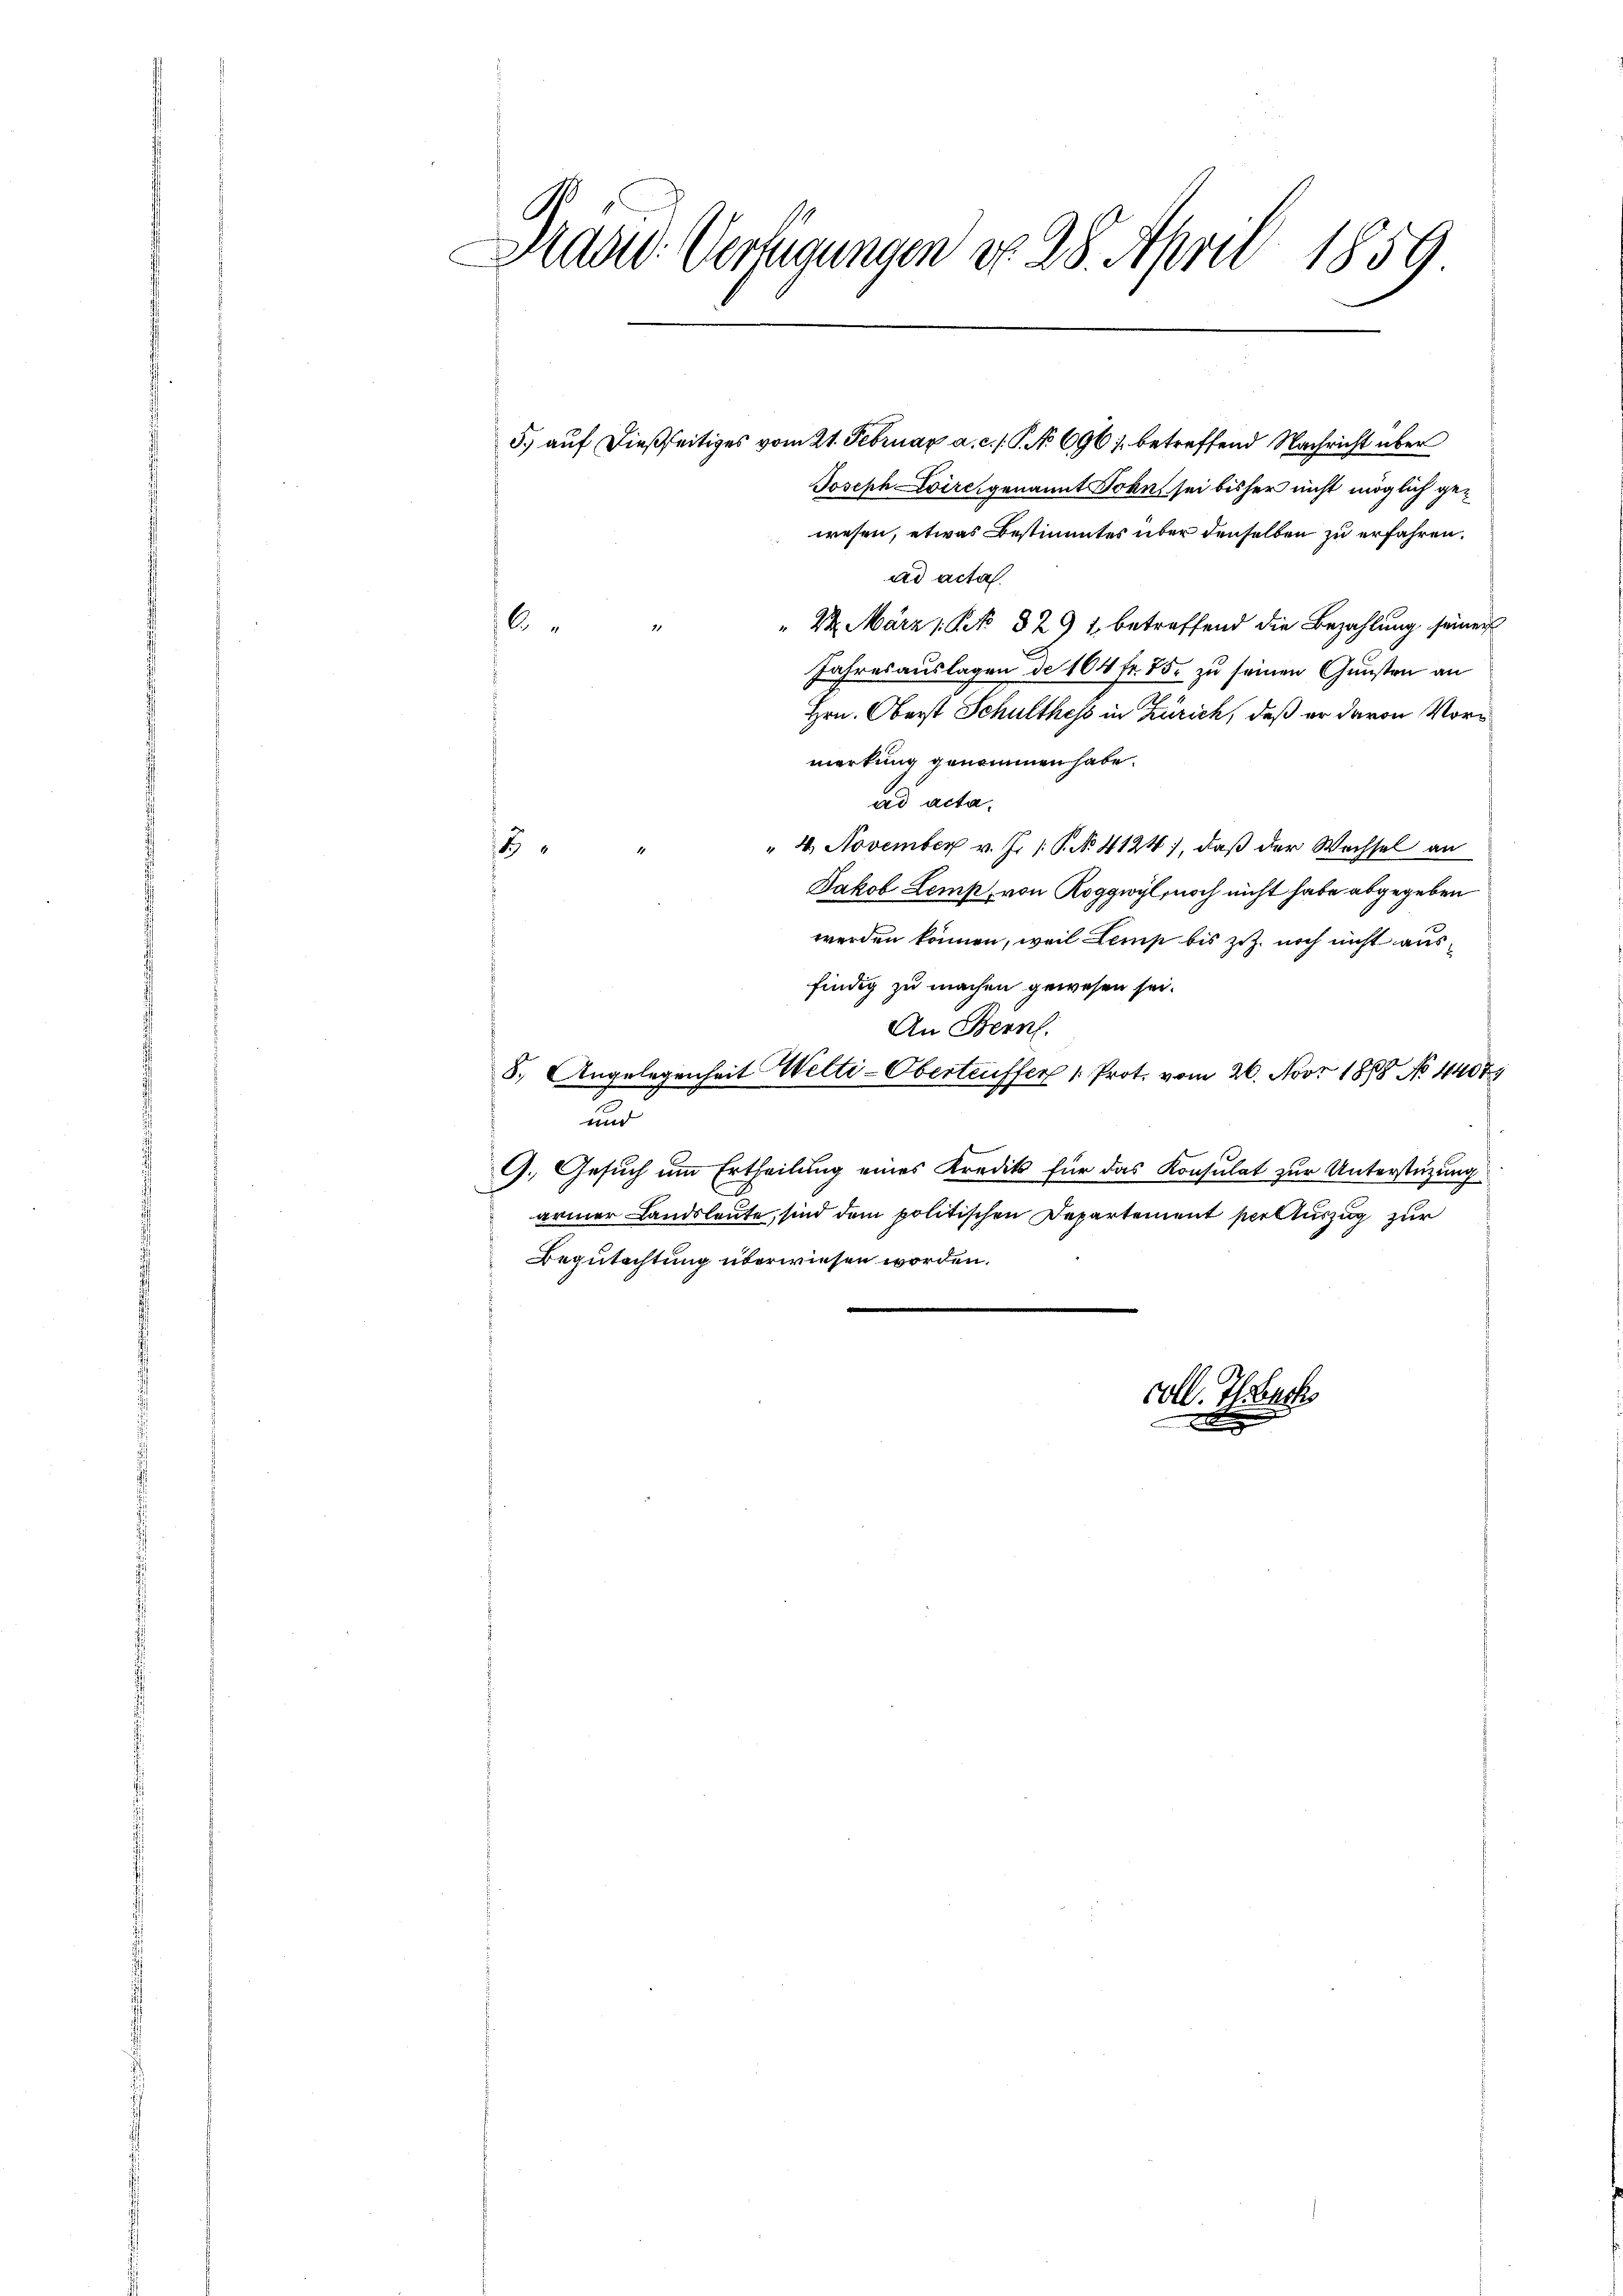
Das Verfügungen do 28. April 1859
e

5.) auf dießseitiges vom 21. Februar a. c. /. P. No 696) betreffend Nachricht über
Joseph Loircigenannt Sohn sei bisher nicht möglich gewesen, etwas Bestimmtes über denselben zu erfahren.
ad acta.
" 22. März 1 Pk 829 1, betreffend die Bezahlung seiner
Jahresauslagen de 164 fr. 75. zu seinen Gunsten an
Hrn. Oberst Schulthess in Zürich, daß er davon Vormerkung genommen habe.
ad acta.
" 4. November v. J. P. No. 4124), daß der Wechsel an
2
Jakob Lemp, von Roggwyl, noch nicht habe abgegeben
werden können, weil Lemp bis z.Z. noch nicht ausfindig zu machen gewesen sei.
An Bern.
5. Angelegenheit Welti-Obertriffer 1. Prot. vom 26. Nov. 1888 No 4407
und
G. Gesuch um Ertheilung eines Kredit für das Konsulat zur Unterstüzung
armer Landsleute, sind dem politischen Departement per Auszug zur
Begutachtung überwiesen worden.

6
21.

coll. Ilsbuch
d